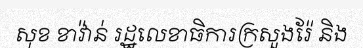
សុខ ខាវ៉ាន់ រដ្ឋលេខាធិការក្រសួងរ៉ែ និង